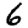
Digit: 6